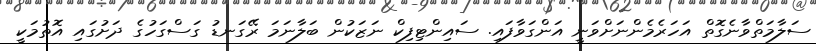
ސަލާމަތްވާނެގޮތް އަހަރެމެންނަށްވަނީ އަންގަވާފައި. ސައިންޓިފިކް ނަޒަކުން ބަލާނަމަ ރޭގަނޑު ގަސްގަހުގެ ދަށުގައި އޮތުމަކީ